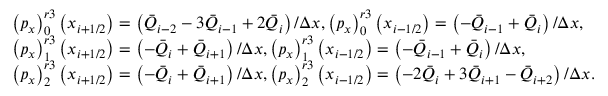
\begin{array} { r l } & { \left( { { p } _ { x } } \right) _ { 0 } ^ { r 3 } \left( { { x } _ { i + 1 / 2 } } \right) = \left( { { { \bar { Q } } } _ { i - 2 } } - 3 { { { \bar { Q } } } _ { i - 1 } } + 2 { { { \bar { Q } } } _ { i } } \right) / \Delta x , \left( { { p } _ { x } } \right) _ { 0 } ^ { r 3 } \left( { { x } _ { i - 1 / 2 } } \right) = \left( - { { { \bar { Q } } } _ { i - 1 } } + { { { \bar { Q } } } _ { i } } \right) / \Delta x , } \\ & { \left( { { p } _ { x } } \right) _ { 1 } ^ { r 3 } \left( { { x } _ { i + 1 / 2 } } \right) = \left( - { { { \bar { Q } } } _ { i } } + { { { \bar { Q } } } _ { i + 1 } } \right) / \Delta x , \left( { { p } _ { x } } \right) _ { 1 } ^ { r 3 } \left( { { x } _ { i - 1 / 2 } } \right) = \left( - { { { \bar { Q } } } _ { i - 1 } } + { { { \bar { Q } } } _ { i } } \right) / \Delta x , } \\ & { \left( { { p } _ { x } } \right) _ { 2 } ^ { r 3 } \left( { { x } _ { i + 1 / 2 } } \right) = \left( - { { { \bar { Q } } } _ { i } } + { { { \bar { Q } } } _ { i + 1 } } \right) / \Delta x , \left( { { p } _ { x } } \right) _ { 2 } ^ { r 3 } \left( { { x } _ { i - 1 / 2 } } \right) = \left( - 2 { { { \bar { Q } } } _ { i } } + 3 { { { \bar { Q } } } _ { i + 1 } } - { { { \bar { Q } } } _ { i + 2 } } \right) / \Delta x . } \end{array}